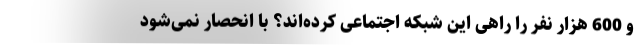
و 600 هزار نفر را راهی این شبکه اجتماعی کرده‌اند؟ با انحصار نمی‌شود